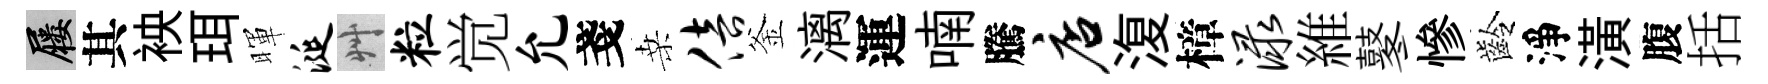
屨其䘧珥暉涎艸粒觉允戔桑倍釜漓運喃騰店𣸪樟渌維鼕慘齡淨潢腹括